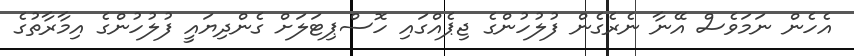
އެހެން ނަމަވެސް އޭނާ ނެރެގެން ފުލުހުންގެ ޖިޕެއްގައި ހޮސްޕިޓަލަށް ގެންދިޔައީ ފުލުހުންގެ އިމާރާތުގެ